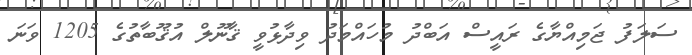
ސަލަފު ޖަމިއްޔާގެ ރައީސް އަބްދު މުހައްމަދު ވިދާޅުވީ ޤާނޫލް އުޤޫބާތުގެ 1205 ވަނަ